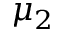
\mu _ { 2 }